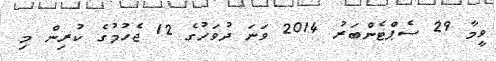
ވީމާ 29 ސެޕްޓެންބަރު 2014 ވަނަ ދުވަހުގެ 12 ޖެހުމުގެ ކުރިން މި